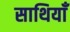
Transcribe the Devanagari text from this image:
साथियाँ